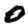
Digit: 0